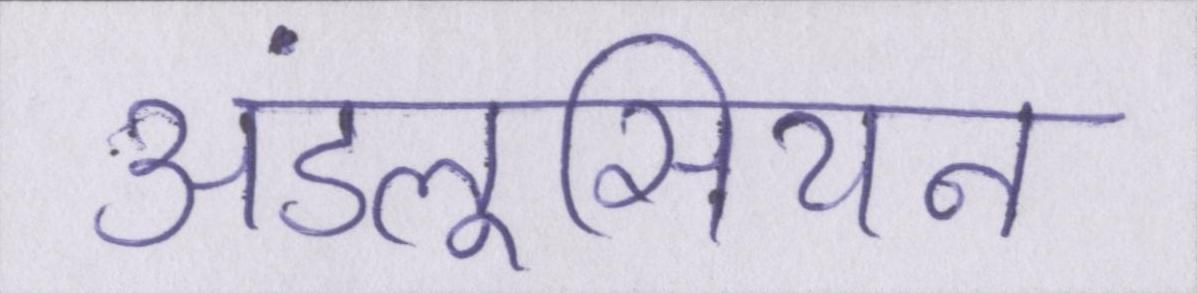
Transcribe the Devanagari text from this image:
अंडलूसियन